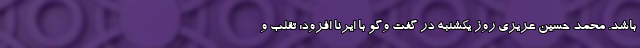
باشد. محمد حسین عزیزی روز یکشنبه در گفت وگو با ایرنا افزود: تقلب و